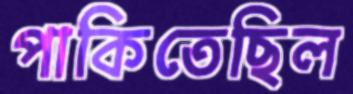
পাকিতেছিল